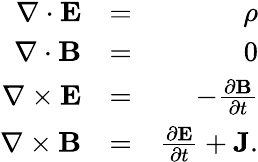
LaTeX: \begin{array}{rlr}{\nabla\cdot\mathbf{E}}&{=}&{\rho}\\ {\nabla\cdot\mathbf{B}}&{=}&{0}\\ {\nabla\times\mathbf{E}}&{=}&{-\frac{\partial\mathbf{B}}{\partial t}}\\ {\nabla\times\mathbf{B}}&{=}&{\frac{\partial\mathbf{E}}{\partial t}+\mathbf{J}.}\end{array}